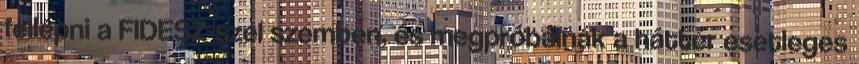
fellépni a FIDESZ-szel szemben, és megpróbálnák a háttér esetleges